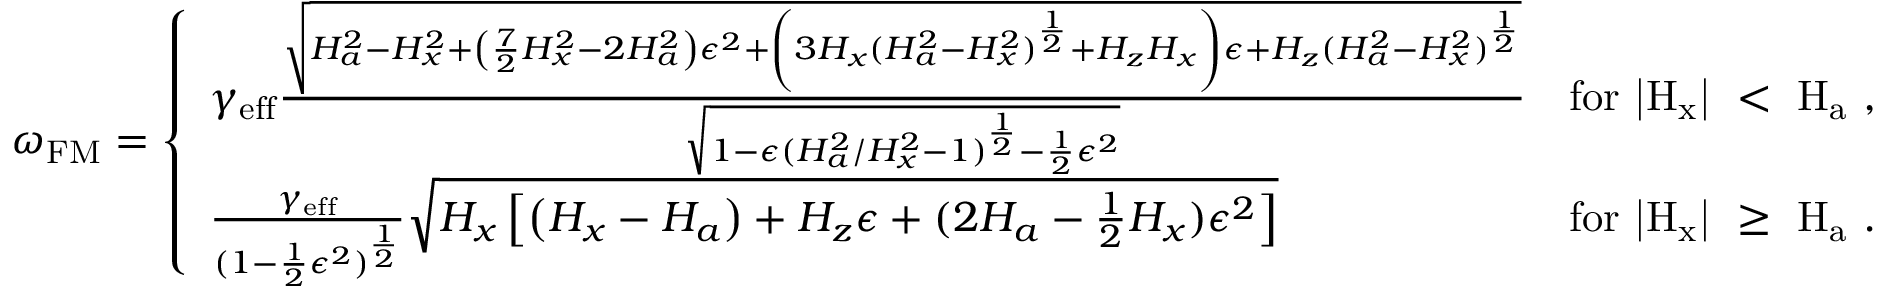
\omega _ { \mathrm { F M } } = \left\{ \begin{array} { l l } { \gamma _ { \mathrm { e f f } } \frac { \sqrt { H _ { a } ^ { 2 } - H _ { x } ^ { 2 } + \left( \frac { 7 } { 2 } H _ { x } ^ { 2 } - 2 H _ { a } ^ { 2 } \right) \epsilon ^ { 2 } + \left( 3 H _ { x } ( H _ { a } ^ { 2 } - H _ { x } ^ { 2 } ) ^ { \frac { 1 } { 2 } } + H _ { z } H _ { x } \right) \epsilon + H _ { z } ( H _ { a } ^ { 2 } - H _ { x } ^ { 2 } ) ^ { \frac { 1 } { 2 } } } } { \sqrt { 1 - \epsilon ( H _ { a } ^ { 2 } / H _ { x } ^ { 2 } - 1 ) ^ { \frac { 1 } { 2 } } - \frac { 1 } { 2 } \epsilon ^ { 2 } } } } & { \mathrm { f o r ~ | { H _ x } | ~ < ~ H _ a ~ , } } \\ { \frac { \gamma _ { \mathrm { e f f } } } { ( 1 - \frac { 1 } { 2 } \epsilon ^ { 2 } ) ^ { \frac { 1 } { 2 } } } \sqrt { H _ { x } \left[ \left( H _ { x } - H _ { a } \right) + H _ { z } \epsilon + ( 2 H _ { a } - \frac { 1 } { 2 } H _ { x } ) \epsilon ^ { 2 } \right] } } & { \mathrm { f o r ~ | { H _ x } | ~ \geq ~ H _ a ~ . } } \end{array} \right.